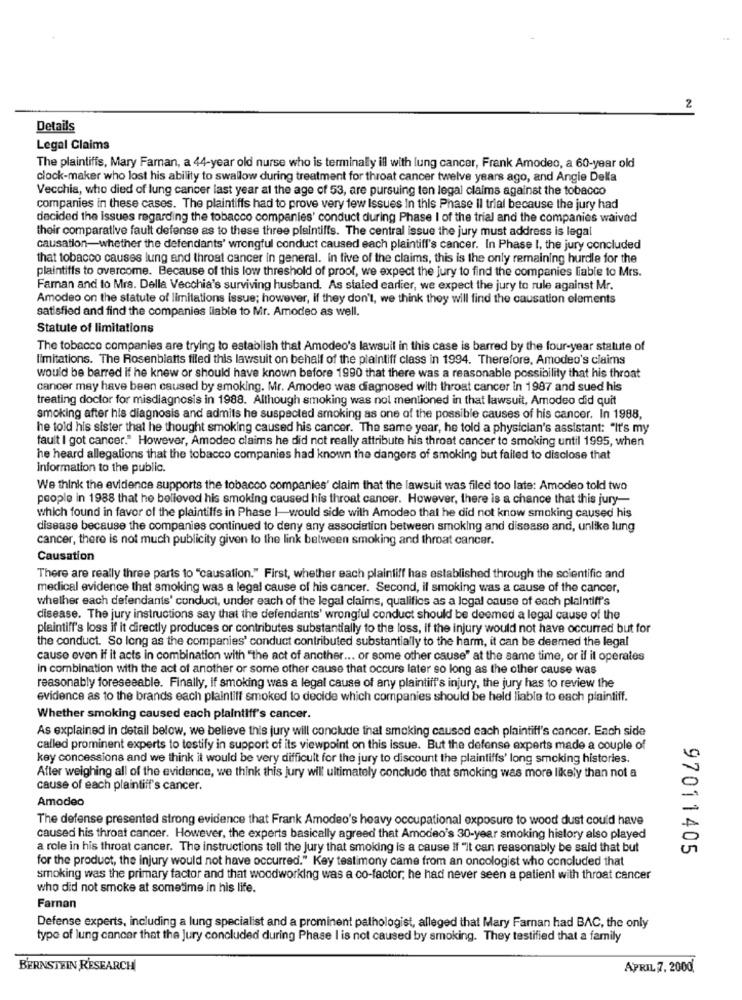
2
Details
Legal Claims
The plaintiffs, Mary Farnan, a 44-year old nurse who is terminally ill with lung cancer, Frank Amodeo, a 60-year old
clock-maker who lost his ability to swallow during treatment for throat cancer twelve years ago, and Angie Della
Vecchia, who died of lung cancer last year at the age of 53, are pursuing ten legal claims against the tobacco
companies in these cases. The plaintiffs had to prove very few Issues In this Phase Il trial because the jury had
decided the Issues regarding the tobacco companies' conduct during Phase I of the trial and the companies waived
their comparative fault defense as to these three plaintiffs. The central issue the jury must address is legal
causation-whether the defendants' wrongful conduct caused each plaintiff's cancer. In Phase I, the jury concluded
that tobacco causes lung and throat cancer in general. in five of the claims, this is the only remaining hurdle for the
plaintiffs to overcome. Because of this low threshold of proof, we expect the jury to find the companies liable to Mrs.
Faman and to Mrs. Della Vecchia's surviving husband. As stated carlier, we expect the jury to rule against Mr.
Amodeo on the statute of limitations issue; however, if they don't, we think they will find the causation elements
satisfied and find the companies liable to Mr. Amodeo as well.
Statute of limitations
The tobacco companies are trying to establish that Amodeo's lawsuit in this case is barred by the four-year statute of
limitations. The Rosenblatts filed this lawsuit on behalf of the plaintiff class in 1994. Therefore, Amodeo's claims
would be barred if he knew or should have known before 1990 that there was a reasonable possibility that his throat
cancer may have been caused by smoking. Mr. Amodeo was diagnosed with throat cancer in 1987 and sued his
treating doctor for misdiagnosis in 1988. Although smoking was not mentioned in that lawsuit, Amodeo did quit
smoking after his diagnosis and admits he suspected smoking as one of the possible causes of his cancer. In 1988,
he told his sister that he thought smoking caused his cancer. The same year, he told a physician's assistant: "It's my
fault I got cancer." However, Amodeo claims he did not really attribute his throat cancer to smoking until 1995, when
he heard allegations that the tobacco companies had known the dangers of smoking but failed to disclose that
information to the public.
We think the evidence supports the tobacco companies' claim that the lawsuit was filed too late: Amodeo told two
people in 1988 that he believed his smoking caused his throat cancer. However, there is a chance that this jury-
which found in favor of the plaintiffs in Phase I-would side with Amodeo that he did not know smoking caused his
disease because the companies continued to deny any association between smoking and disease and, unlike lung
cancer, there is not much publicity given to the link between smoking and throat cancer.
Causation
There are really three parts to "causation." First, whether each plaintiff has established through the scientific and
medical evidence that smoking was a legal cause of his cancer. Second, il smoking was a cause of the cancer,
whether each defendants' conduct, under each of the legal claims, qualifies as a logal cause of each plaintiff's
disease. The jury instructions say that the defendants' wrongful conduct should be deemed a legal cause of the
plaintiff's loss if it directly produces or contributes substantially to the loss, if the injury would not have occurred but for
the conduct. So long as the companies' conduct contributed substantially to the harm, it can be deemed the legal
cause even if it acts in combination with "the act of another ... or some other cause" at the same time, or if it operates
in combination with the act of another or some other cause that occurs later so long as the other cause was
reasonably foreseeable. Finally, if smoking was a legal cause of any plaintiff's injury, the jury has to review the
evidence as to the brands each plaintiff smoked to decide which companies should be held liable to each plaintiff.
Whether smoking caused each plaintiff's cancer.
As explained in detail below, we believe this jury will conclude that smoking caused cach plaintiff's cancer. Each side
called prominent experts to testify in support of its viewpoint on this issue. But the defense experts made a couple of
key concessions and we think it would be very difficult for the jury to discount the plaintiffs' long smoking histories.
After weighing all of the evidence, we think this jury will ultimately conclude that smoking was more likely than not a
cause of each plaintiff's cancer.
Amodeo
The defense presented strong evidence that Frank Amodeo's heavy occupational exposure to wood dust could have
caused his throat cancer. However, the experts basically agreed that Amodeo's 30-year smoking history also played
a role in his throat cancer. The instructions tell the jury that smoking is a cause If "it can reasonably be said that but
97011405
for the product, the injury would not have occurred." Key testimony came from an oncologist who concluded that
smoking was the primary factor and that woodworking was a co-factor, he had never seen a patient with throat cancer
who did not smoke at sometime in his life.
Farnan
Defense experts, including a lung specialist and a prominent pathologist, alleged that Mary Faman had BAC, the only
type of lung cancer that the Jury concluded during Phase I is not caused by smoking. They testified that a family
BERNSTEIN RESEARCH
APRIL 7, 2000